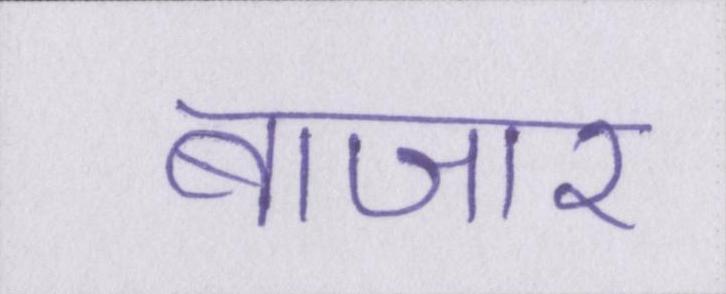
बाजार